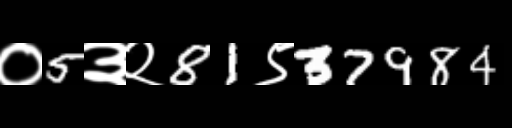
Text: ०5३२81९37984